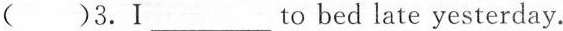
()3.Ⅰ_to bed late yesterday.